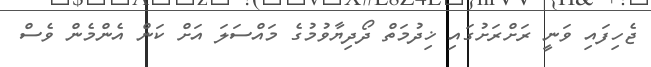
ޖެހިފައި ވަނީ ރަށްރަށުގައި ޚިދުމަތް ދޯދިޔާވުމުގެ މައްސަލަ އަށް ކަން އެންމެން ވެސް